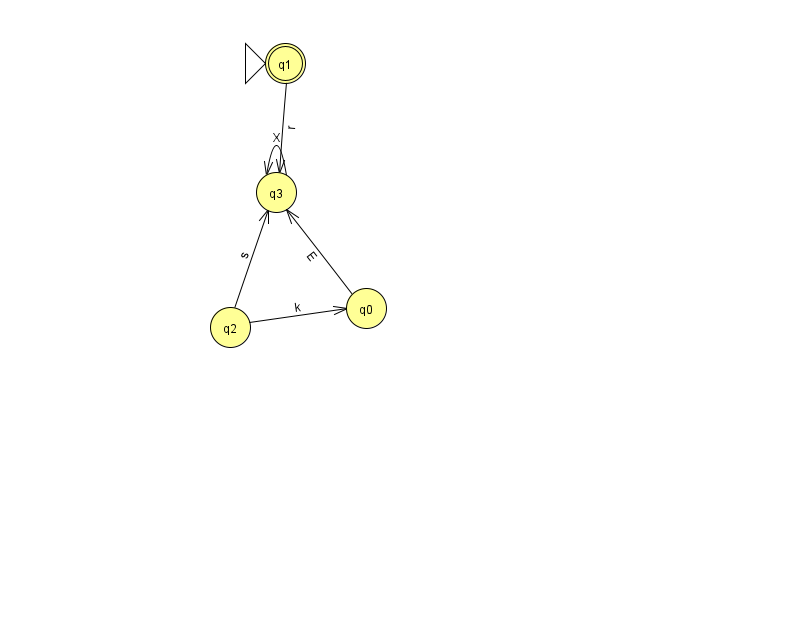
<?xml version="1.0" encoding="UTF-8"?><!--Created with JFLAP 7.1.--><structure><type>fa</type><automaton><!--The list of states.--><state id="0" name="q0"><x>366.0</x><y>295.0</y></state><state id="1" name="q1"><x>285.0</x><y>50.0</y><initial/><final/></state><state id="2" name="q2"><x>230.0</x><y>314.0</y></state><state id="3" name="q3"><x>276.0</x><y>179.0</y></state><!--The list of transitions.--><transition><from>0</from><to>3</to><read>E</read></transition><transition><from>2</from><to>0</to><read>k</read></transition><transition><from>1</from><to>3</to><read>r</read></transition><transition><from>3</from><to>3</to><read>X</read></transition><transition><from>2</from><to>3</to><read>s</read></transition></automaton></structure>